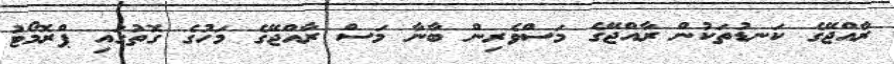
ރާއްޖޭގެ ކަނޑުތަކުން ރާއްޖޭގެ މަސްވެރިން ބާނާ މަސް ރާއްޖޭގެ މަހުގެ ގޮތުގައި ޕްރޮމޯޓު